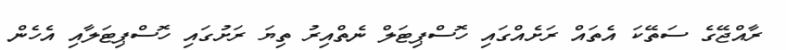
ރާއްޖޭގެ ސަތޭކަ އެތައް ރަށެއްގައި ހޮސްޕިޓަލް ނެތްއިރު ތިޔަ ރަށުގައި ހޮސްޕިޓަލާއި އެހެން